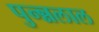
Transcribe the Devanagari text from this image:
पुन्न्नलाल